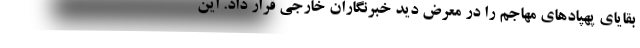
بقایای پهپادهای مهاجم را در معرض دید خبرنگاران خارجی قرار داد. این